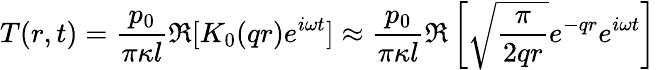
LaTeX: T(r,t)=\frac{p_{0}}{\pi\kappa l}\Re{[K_{0}(qr)e^{i\omega t}]}\approx\frac{p_{0}}{\pi\kappa l}\Re\left[\sqrt{\frac{\pi}{2qr}}e^{-qr}e^{i\omega t}\right]